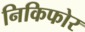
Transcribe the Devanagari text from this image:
निकिफोर